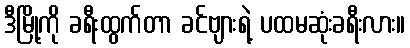
ဒီမြို့ကို ခရီးထွက်တာ ခင်ဗျားရဲ့ ပထမဆုံးခရီးလား။